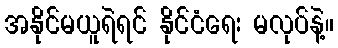
အနိုင်မယူရဲရင် နိုင်ငံရေး မလုပ်နဲ့။